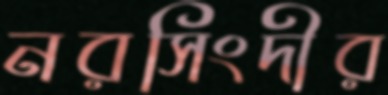
নরসিংদীর